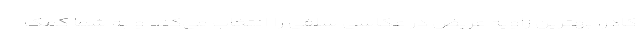
کادر، بهترین زاویه عریض در عکاسی سلفی را انتخاب می‌کند و به شما کمک